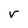
Character: r